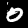
Label: 0